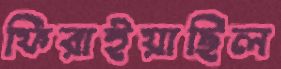
ফিরাইয়াছিল